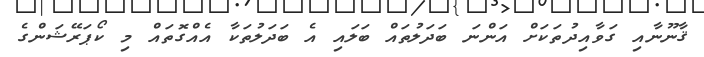
ޤާނޫނާއި ގަވާއިދުތަކަށް އަންނަ ބަދަލުތައް ބަލައި އެ ބަދަލުތަކާ އެއްގޮތައް މި ކޯޕަރޭޝަންގެ